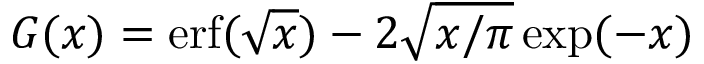
G ( x ) = \mathrm { e r f } ( \sqrt { x } ) - 2 \sqrt { x / \pi } \exp ( - x )